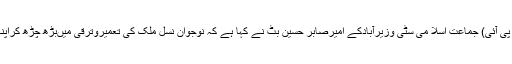
وزیرآباد (جی پی آئی) جماعت اسلا می سٹی وزیرآبادکے امیرصابر حسین بٹ نے کہا ہے کہ نوجوان نسل ملک کی تعمیروترقی میںبڑھ چڑھ کراپناکرداراداکریں۔